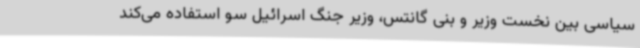
سیاسی بین نخست وزیر و بنی گانتس، وزیر جنگ اسرائیل سو استفاده می‌کند